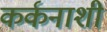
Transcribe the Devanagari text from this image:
कर्कनाशी